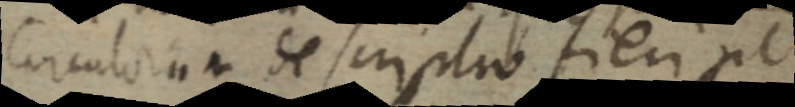
circulorum descriptio fieri pt